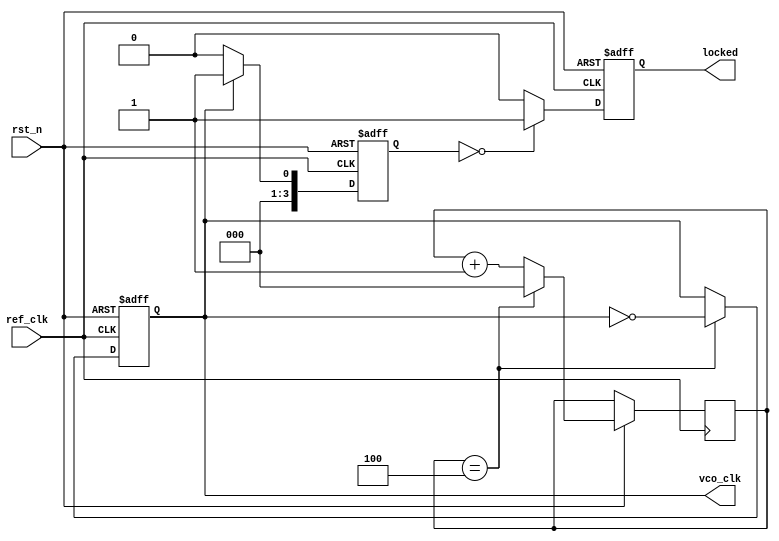
module dual_loop_pll (
    input wire ref_clk,         // Reference clock input
    input wire rst_n,          // Active low reset
    output reg vco_clk,        // VCO output clock
    output reg locked          // Lock indicator
);

    // Parameters
    parameter DIV_RATIO = 4;   // Frequency Divider ratio
    parameter INNER_LOOP_GAIN = 8; // Inner loop gain factor
    parameter OUTER_LOOP_GAIN = 2; // Outer loop gain factor
    parameter VCO_MAX_FREQ = 100; // Max VCO frequency
    parameter VCO_MIN_FREQ = 10;  // Min VCO frequency

    // Internal signals
    reg [3:0] phase_error;        // Phase error signal
    reg [3:0] charge_pump_out;    // Charge pump output voltage
    reg [7:0] loop_filter_inner;   // Inner loop filter
    reg [15:0] loop_filter_outer;   // Outer loop filter
    reg [7:0] vco_control_voltage;  // Control voltage for VCO
    reg [2:0] divider_count;        // Divider count

    // Phase Detector
    always @(posedge ref_clk or negedge rst_n) begin
        if (!rst_n) begin
            phase_error <= 0;
        end else begin
            // Simple edge detection for phase error calculation
            if (ref_clk) begin
                phase_error <= (vco_clk == 1) ? 4'b0001 : 4'b0000; // Example logic
            end else begin
                phase_error <= (vco_clk == 0) ? 4'b0001 : 4'b0000; // Example logic
            end
        end
    end

    // Charge Pump
    always @(posedge ref_clk or negedge rst_n) begin
        if (!rst_n) begin
            charge_pump_out <= 0;
        end else begin
            if (phase_error == 4'b0001) begin
                charge_pump_out <= charge_pump_out + INNER_LOOP_GAIN; // Increase voltage
            end else if (phase_error == 4'b0000) begin
                charge_pump_out <= charge_pump_out - INNER_LOOP_GAIN; // Decrease voltage
            end
        end
    end

    // Loop Filter (Inner and Outer)
    always @(posedge ref_clk or negedge rst_n) begin
        if (!rst_n) begin
            loop_filter_inner <= 0;
            loop_filter_outer <= 0;
        end else begin
            loop_filter_inner <= charge_pump_out;
            loop_filter_outer <= loop_filter_outer + (charge_pump_out >> 1); // Example outer loop
        end
    end

    // Voltage-Controlled Oscillator (VCO)
    always @(posedge ref_clk or negedge rst_n) begin
        if (!rst_n) begin
            vco_control_voltage <= 0;
            vco_clk <= 0;
        end else begin
            vco_control_voltage <= loop_filter_outer[7:0]; // Use outer loop filter for VCO control
            if (vco_control_voltage > VCO_MAX_FREQ) begin
                vco_control_voltage <= VCO_MAX_FREQ;
            end else if (vco_control_voltage < VCO_MIN_FREQ) begin
                vco_control_voltage <= VCO_MIN_FREQ;
            end
            
            // Generate VCO clock (simple toggling example)
            if (divider_count == DIV_RATIO) begin
                vco_clk <= ~vco_clk;
                divider_count <= 0;
            end else begin
                divider_count <= divider_count + 1;
            end
        end
    end

    // Lock Indicator
    always @(posedge ref_clk or negedge rst_n) begin
        if (!rst_n) begin
            locked <= 0;
        end else begin
            // Simple lock detection logic (can be improved)
            locked <= (phase_error == 0) ? 1 : 0; // Assume locked when phase error is zero
        end
    end

endmodule